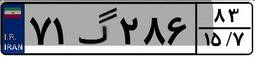
۱۴گ۱۵۴۸۳